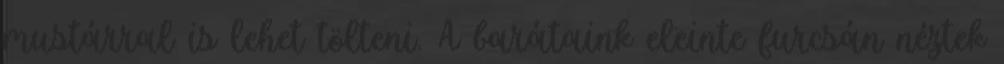
mustárral is lehet tölteni. A barátaink eleinte furcsán néztek